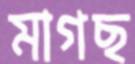
মাগছ